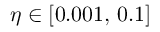
\eta \in [ 0 . 0 0 1 , \, 0 . 1 ]